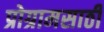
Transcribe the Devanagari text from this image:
प्रोग्रामसाठी